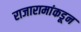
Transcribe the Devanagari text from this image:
राजारामांकडून